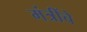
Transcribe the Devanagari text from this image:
मंत्रींचे